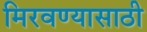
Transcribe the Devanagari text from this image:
मिरवण्यासाठी